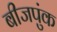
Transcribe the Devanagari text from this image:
बीजपुंक